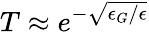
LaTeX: T\approx e^{-{\sqrt{\epsilon_{G}/\epsilon}}}